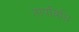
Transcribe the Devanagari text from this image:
तापविधि